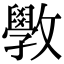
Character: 斆